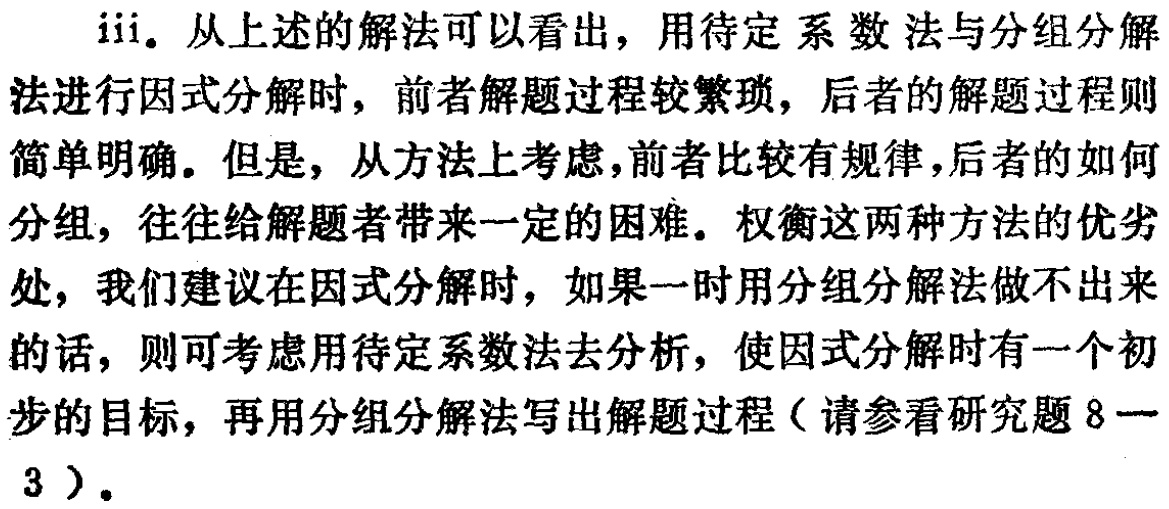
iii. 从上述的解法可以看出，用待定系数法与分组分解法进行因式分解时，前者解题过程较繁琐，后者的解题过程则简单明确。但是，从方法上考虑，前者比较有规律，后者的如何分组，往往给解题者带来一定的困难。权衡这两种方法的优劣势，我们建议在因式分解时，如果一时用分组分解法做不出来的话，则可考虑用待定系数法去分析，使因式分解时有一个初步的目标，再用分组分解法写出解题过程（请参看研究题8—3）。